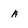
Character: a